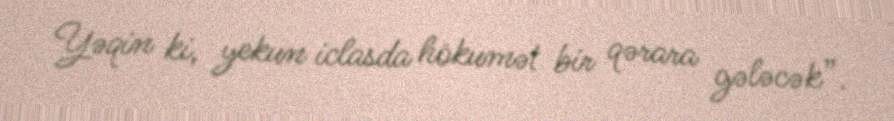
Yəqin ki, yekun iclasda hökumət bir qərara gələcək”.